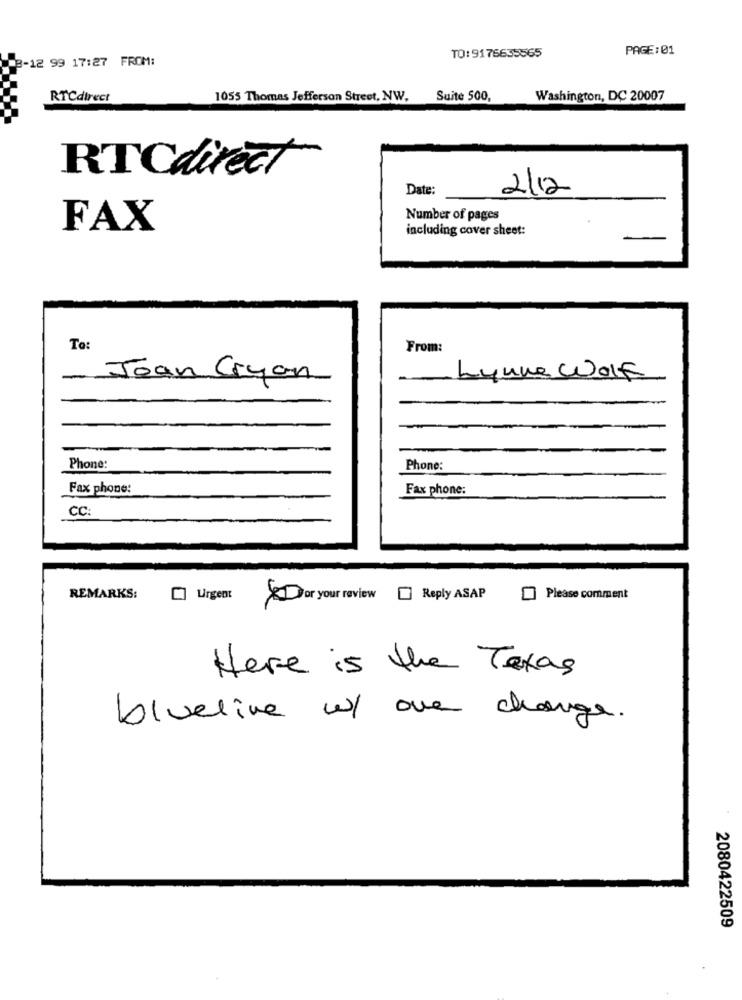
TO: 9176635565
PAGE:01
3-12 99 17:27 FROM:
RTCdirect
1055 Thomas Jefferson Street, NW,
Suite 500,
Washington, DC 20007
RTCdirect
Date:
2/12
Number of pages
FAX
including cover sheet:
To:
From:
Joan Cryan
Lynne Wolf
Phone:
Phone:
Fax phone:
Fax phone:
CC
REMARKS:
[] Urgent
for your review Reply ASAP
Please comment
Here is the Texas
blueline w/ one change.
2080422509